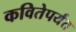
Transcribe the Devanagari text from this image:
कवितेपर्यंत